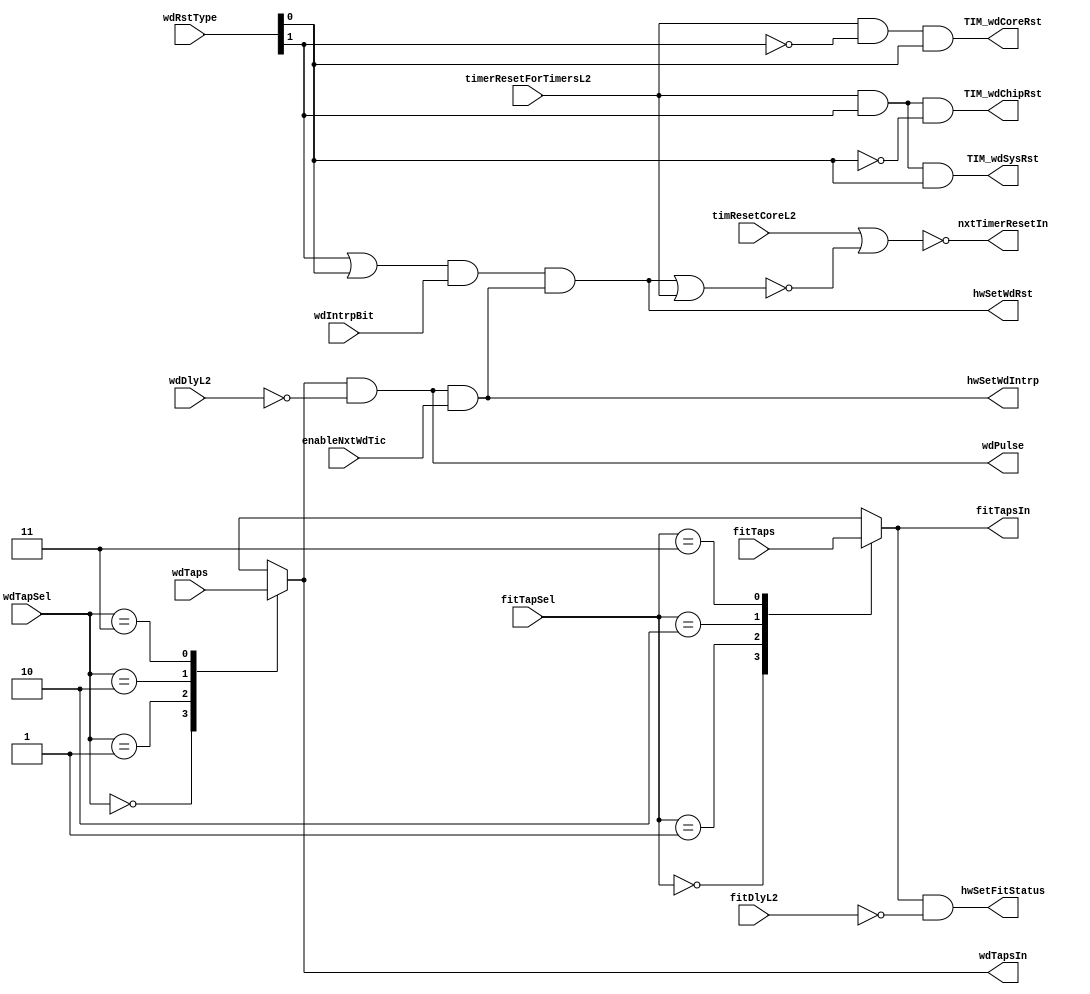
// 
// ************************************************************************** 
// 
//  Copyright (c) International Business Machines Corporation, 2005. 
// 
//  This file contains trade secrets and other proprietary and confidential 
//  information of International Business Machines Corporation which are 
//  protected by copyright and other intellectual property rights and shall 
//  not be reproduced, transferred to other documents, disclosed to others, 
//  or used for any purpose except as specifically authorized in writing by 
//  International Business Machines Corporation. This notice must be 
//  contained as part of this text at all times. 
// 
// ************************************************************************** 
//
module p405s_timerWdFitCode (
                       wdTapsIn, 
                       fitTapsIn, 
                       nxtTimerResetIn, 
                       hwSetFitStatus, 
                       hwSetWdIntrp, 
                       hwSetWdRst, 
                       wdPulse, 
                       TIM_wdCoreRst, 
                       TIM_wdChipRst, 
                       TIM_wdSysRst,
                       fitTapSel, 
                       fitTaps, 
                       enableNxtWdTic, 
                       timerResetForTimersL2, 
                       wdIntrpBit,
                       wdTapSel, 
                       wdTaps, 
                       wdRstType, 
                       wdDlyL2, 
                       fitDlyL2, 
                       timResetCoreL2
                       );

output hwSetFitStatus;
output hwSetWdIntrp;
output hwSetWdRst;
output wdPulse;
output TIM_wdCoreRst;
output TIM_wdChipRst;
output TIM_wdSysRst;
output wdTapsIn;
output fitTapsIn;
output nxtTimerResetIn;

input [0:1] fitTapSel;
input [0:3] fitTaps;
input enableNxtWdTic;
input wdIntrpBit;
input [0:1] wdTapSel;
input [0:3] wdTaps;
input [0:1] wdRstType;
input wdDlyL2;
input fitDlyL2;
input timerResetForTimersL2;
input timResetCoreL2;

wire wdPulseQual;
wire wdPulse_i;
wire wdPulse;
wire wdTapsIn;
reg wdTapsIn_i;
wire fitTapsIn;
reg fitTapsIn_i;
wire hwSetWdRst;
wire hwSetWdRst_i;

assign hwSetWdRst = hwSetWdRst_i;
assign wdPulse = wdPulse_i;
assign wdTapsIn = wdTapsIn_i;
assign fitTapsIn = fitTapsIn_i;

// 02/21/97 LMD Reset logic updates. All core generated resets will remain
//              active until reset is driven back to core.
//              Replaced suppressNxtWdTic with enableNxtWdTic.
//              Created wdDlyL2 and fitDlyL2.

always @(wdTaps or wdTapSel or fitTaps or fitTapSel)
begin
   casez(wdTapSel) // synopsys full_case parallel_case
      2'b00: wdTapsIn_i = wdTaps[0];
      2'b01: wdTapsIn_i = wdTaps[1];
      2'b10: wdTapsIn_i = wdTaps[2];
      2'b11: wdTapsIn_i = wdTaps[3];
// x catcher.
      default: wdTapsIn_i = 1'bx;
   endcase
   casez(fitTapSel) // synopsys full_case parallel_case
      2'b00: fitTapsIn_i = fitTaps[0];
      2'b01: fitTapsIn_i = fitTaps[1];
      2'b10: fitTapsIn_i = fitTaps[2];
      2'b11: fitTapsIn_i = fitTaps[3];
// x catcher.
      default: fitTapsIn_i = 1'bx;
   endcase
end

assign wdPulse_i = wdTapsIn_i & ~wdDlyL2;

assign wdPulseQual = wdPulse_i & enableNxtWdTic;

assign hwSetWdRst_i = (wdRstType[0] | wdRstType[1]) & wdIntrpBit & wdPulseQual;

assign hwSetWdIntrp = wdPulseQual;

// The 3 watchdog resets.
assign TIM_wdCoreRst = timerResetForTimersL2 & ~wdRstType[0] & wdRstType[1];

assign TIM_wdChipRst = timerResetForTimersL2 & wdRstType[0] & ~wdRstType[1];

assign TIM_wdSysRst = timerResetForTimersL2 & wdRstType[0] & wdRstType[1];

// Fit Set Equation.
assign hwSetFitStatus = fitTapsIn_i & ~fitDlyL2;

assign nxtTimerResetIn = ~(timResetCoreL2 | ~(hwSetWdRst_i | 
                           timerResetForTimersL2));

endmodule